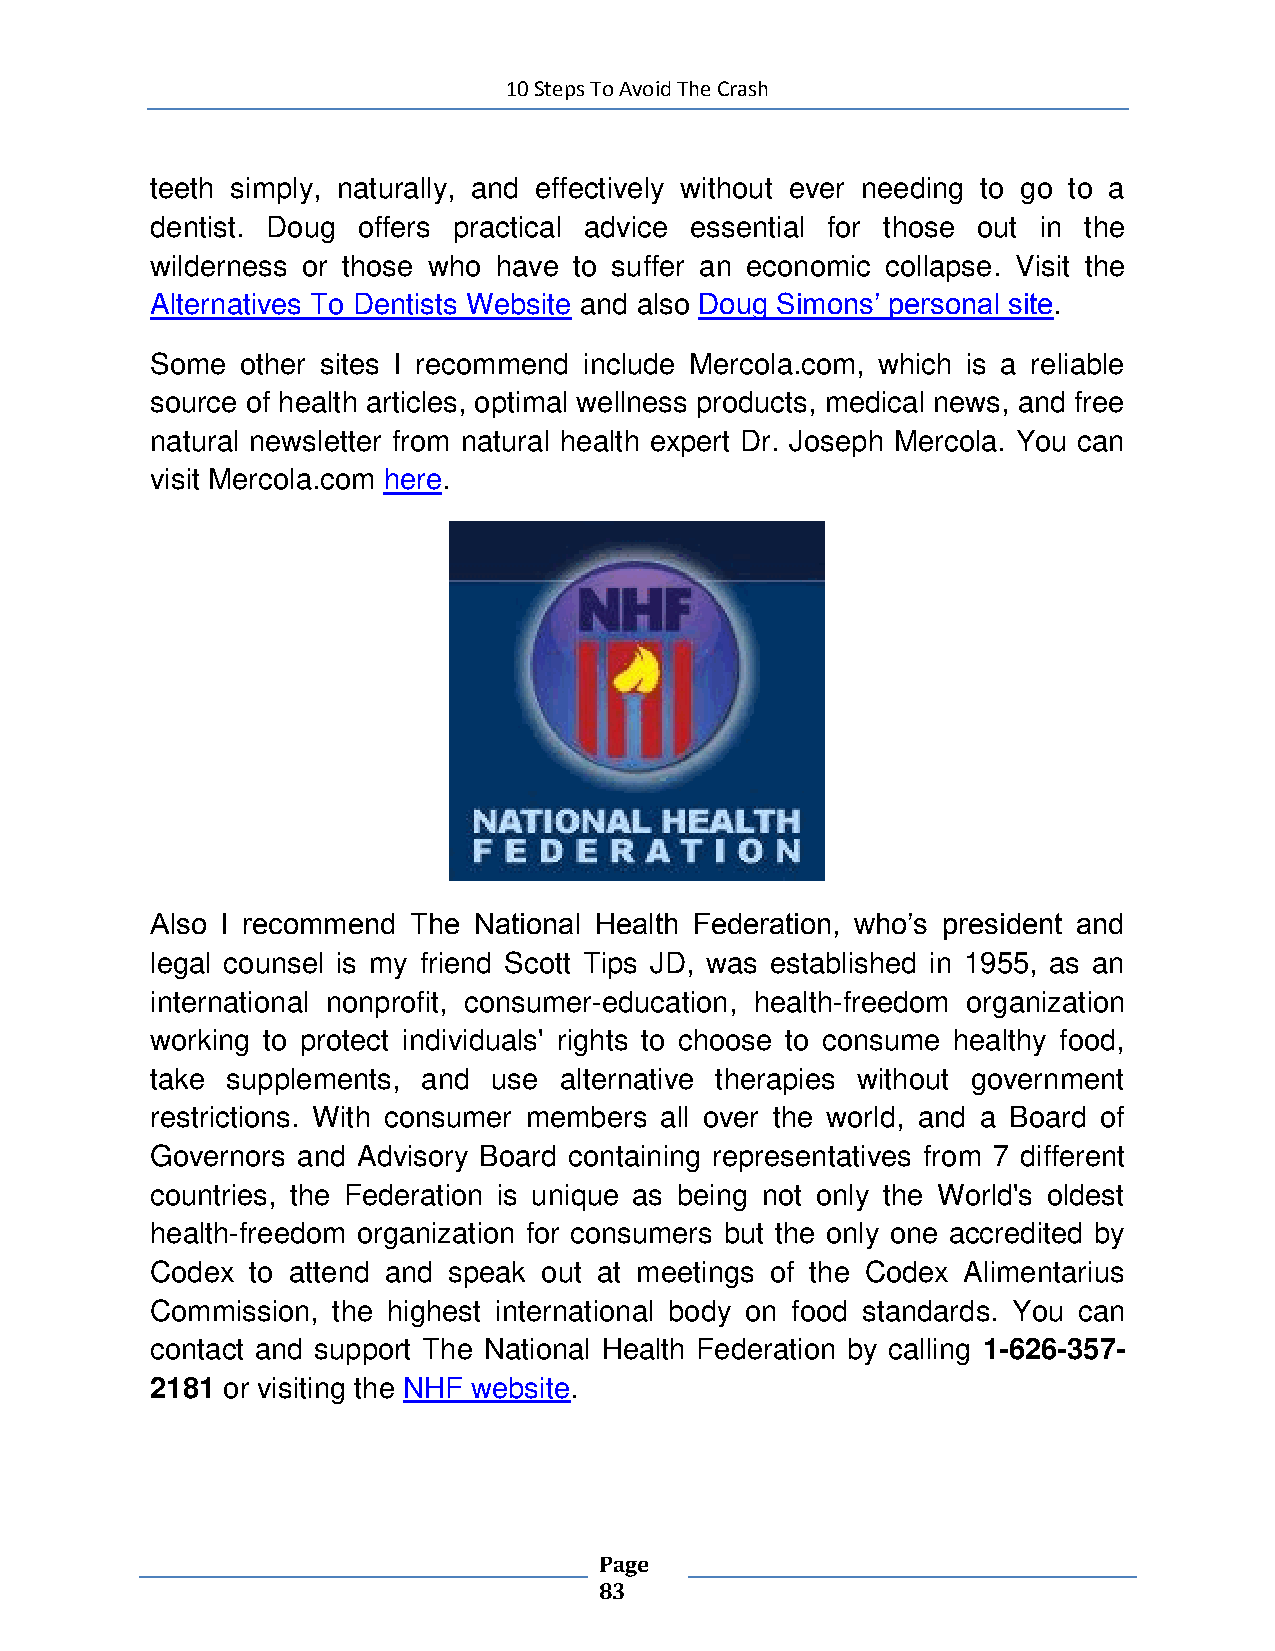
10 Steps To Avoid The Crash
 teeth simply, naturally, and effectively without ever needing to go to a
 dentist. Doug offers practical advice essential for those out in the
 wilderness or those who have to suffer an economic collapse. Visit the
 Alternatives To Dentists Website and also Doug Simons’ personal site.
 Some  other sites I recommend include Mercola.com, which is a reliable
 source of health articles, optimal wellness products, medical news, and free
 natural newsletter from natural health expert Dr. Joseph Mercola. You can
 visit Mercola.com here.
 Also I recommend The National Health Federation, who’s president and
 legal counsel is my friend Scott Tips JD, was established in 1955, as an
 international nonprofit, consumer-education, health-freedom organization
 working to protect individuals' rights to choose to consume healthy food,
 take supplements, and  use alternative therapies without government
 restrictions. With consumer members all over the world, and a Board of
 Governors and Advisory Board containing representatives from 7 different
 countries, the Federation is unique as being not only the World's oldest
 health-freedom organization for consumers but the only one accredited by
 Codex  to attend and speak out at meetings of the Codex Alimentarius
 Commission, the highest international body on food standards. You can
 contact and support The National Health Federation by calling 1-626-357-
 2181 or visiting the NHF website.
 Page
 83